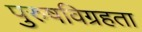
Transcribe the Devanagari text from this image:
पुरुषविग्रहता